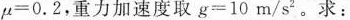
μ=0.2，重力加速度取g=10m/s^{2}。求：